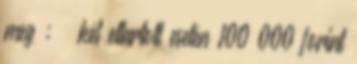
meg ; – két eltartott esetén 100 000 forint